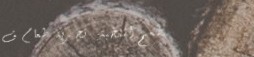
مطعم النخبة: تجربة طعام ف